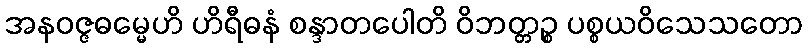
အနဝဇ္ဇဓမ္မေဟိ ဟိရီဓနံ စန္ဒာတပေါတိ ဝိဘတ္တဉ္စ ပစ္စယဝိသေသတော